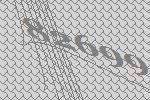
82699